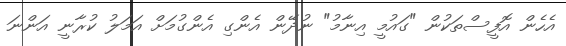
އެހެން އޮފީސްތަކުން "ގައުމީ އިނާމު" ނުދޭން އެންގި އެންގުމަށް އަމަލު ކުރާނީ އަންނަ